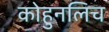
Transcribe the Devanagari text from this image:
कोहुनलिच